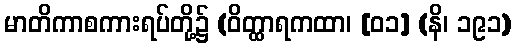
မာတိကာစကားရပ်တို့၌ (ဝိတ္ထာရကထာ၊ [၀၁] (နိ၊ ၁၉၁)